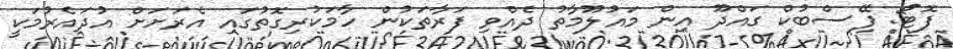
ފޮޓޯ: ފޭސްބުކް ގައްދޫ އިން މައުލޫމާތު ދެއްވި ފަރާތަކުން ހާމަކުރިގޮތުގައި އެރަށަށް އުދައެރުމަކީ